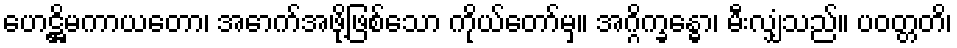
ဟေဋ္ဌိမကာယတော၊ အောက်အဖို့ဖြစ်သော ကိုယ်တော်မှ။ အဂ္ဂိက္ခန္ဓော၊ မီးလျှံသည်။ ပဝတ္တတိ၊